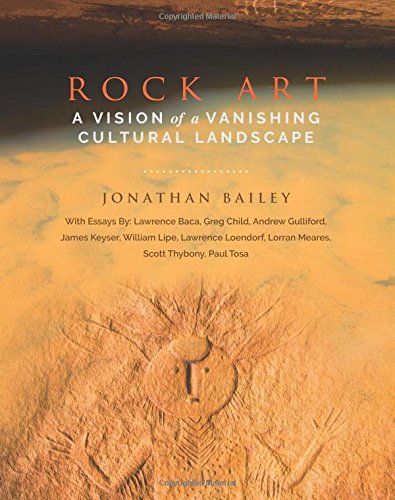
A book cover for Rock Art: A Vision of a Vanishing Cultural Landscape; Jonathan Bailey; Science & Math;